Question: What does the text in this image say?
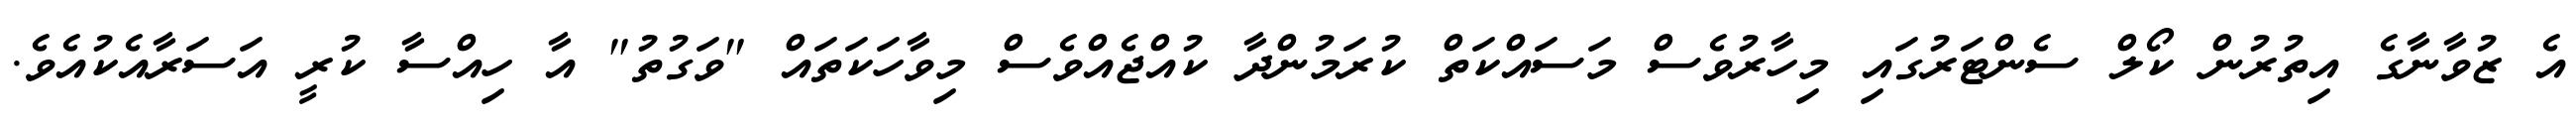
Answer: އެ ޒުވާނާގެ އިތުރުން ކޯލް ސެންޓަރުގައި މިހާރުވެސް މަސައްކަތް ކުރަމުންދާ ކުއްޖެއްވެސް މިވާހަކަތައް "ވަގުތު" އާ ހިއްސާ ކުރީ އަސަރާއެކުއެވެ.